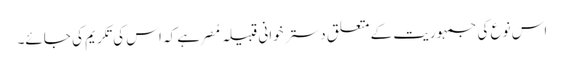
اس نوع کی جمہوریت کے متعلق دستر خوانی قبیلہ مُصر ہے کہ اس کی تکریم کی جائے۔